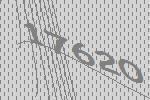
17620